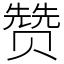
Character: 赞